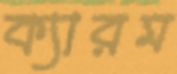
ক্যারম